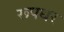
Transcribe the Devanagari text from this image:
रूपधर